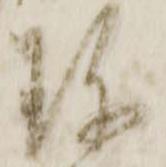
珎